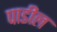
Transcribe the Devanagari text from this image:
पाडील